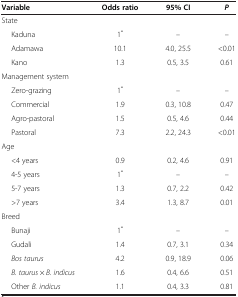
<table><thead><tr><td><b>Variable</b></td><td><b>Odds ratio</b></td><td><b>95% CI</b></td><td><b><i>P</i></b></td></tr></thead><tbody><tr><td>State</td><td> </td><td> </td><td> </td></tr><tr><td>Kaduna</td><td>1<sup>*</sup></td><td>–</td><td>–</td></tr><tr><td>Adamawa</td><td>10.1</td><td>4.0, 25.5</td><td>&lt;0.01</td></tr><tr><td>Kano</td><td>1.3</td><td>0.5, 3.5</td><td>0.61</td></tr><tr><td>Management system</td><td> </td><td> </td><td> </td></tr><tr><td>Zero-grazing</td><td>1<sup>*</sup></td><td>–</td><td>–</td></tr><tr><td>Commercial</td><td>1.9</td><td>0.3, 10.8</td><td>0.47</td></tr><tr><td>Agro-pastoral</td><td>1.5</td><td>0.5, 4.6</td><td>0.44</td></tr><tr><td>Pastoral</td><td>7.3</td><td>2.2, 24.3</td><td>&lt;0.01</td></tr><tr><td>Age</td><td> </td><td> </td><td> </td></tr><tr><td>&lt;4 years</td><td>0.9</td><td>0.2, 4.6</td><td>0.91</td></tr><tr><td>4-5 years</td><td>1<sup>*</sup></td><td>–</td><td>–</td></tr><tr><td>5-7 years</td><td>1.3</td><td>0.7, 2.2</td><td>0.42</td></tr><tr><td>&gt;7 years</td><td>3.4</td><td>1.3, 8.7</td><td>0.01</td></tr><tr><td>Breed</td><td> </td><td> </td><td> </td></tr><tr><td>Bunaji</td><td>1<sup>*</sup></td><td>–</td><td>–</td></tr><tr><td>Gudali</td><td>1.4</td><td>0.7, 3.1</td><td>0.34</td></tr><tr><td><i>Bos taurus</i></td><td>4.2</td><td>0.9, 18.9</td><td>0.06</td></tr><tr><td><i>B. taurus</i> × <i>B. indicus</i></td><td>1.6</td><td>0.4, 6.6</td><td>0.51</td></tr><tr><td>Other <i>B. indicus</i></td><td>1.1</td><td>0.4, 3.3</td><td>0.81</td></tr></tbody></table>